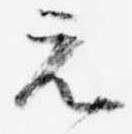
元